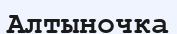
Алтыночка